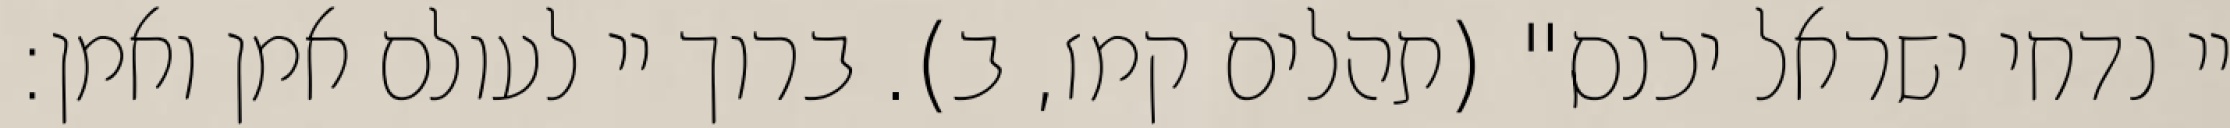
יי נדחי ישראל יכנס" (תהלים קמז, ב). ברוך יי לעולם אמן ואמן: